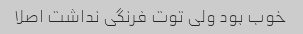
خوب بود ولی توت فرنگی نداشت اصلا